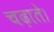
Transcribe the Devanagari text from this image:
चढ़ाते।